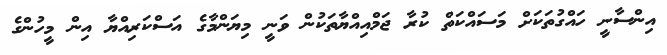
އިންސާނީ ހައްގުތަަކަށް މަސައްކަތް ކުރާ ޖަމްއިއްޔާތަކުން ވަނީ މިޔަންމާގެ އަސްކަރިއްޔާ އިން މީހުންގެ